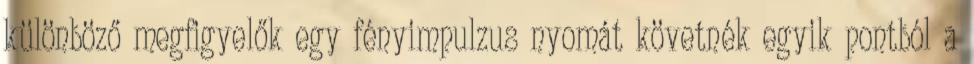
különböző megfigyelők egy fényimpulzus nyomát követnék egyik pontból a